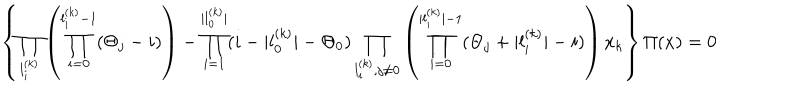
\left\{ \prod _ { l _ { i } ^ { ( k ) } } \left( \prod _ { i = 0 } ^ { l _ { i } ^ { ( k ) } - 1 } ( \Theta _ { j } - i ) \right) - \prod _ { i = 1 } ^ { | l _ { 0 } ^ { ( k ) } | } ( i - | l _ { 0 } ^ { ( k ) } | - \Theta _ { 0 } ) \prod _ { l _ { i } ^ { ( k ) } , j \neq 0 } \left( \prod _ { i = 0 } ^ { | l _ { i } ^ { ( k ) } | - 1 } ( \Theta _ { j } + | l _ { i } ^ { ( k ) } | - i ) \right) x _ { k } \right\} \Pi ( x ) = 0